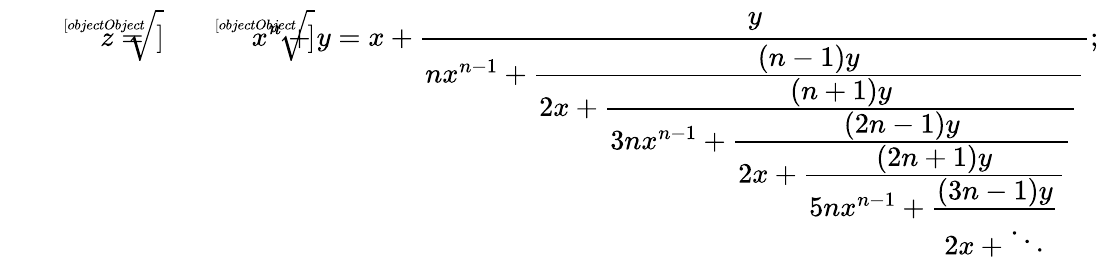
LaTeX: {\sqrt[[objectObject]]{z}}={\sqrt[[objectObject]]{x^{n}+y}}=x+{\cfrac{y}{nx^{n-1}+{\cfrac{(n-1)y}{2x+{\cfrac{(n+1)y}{3nx^{n-1}+{\cfrac{(2n-1)y}{2x+{\cfrac{(2n+1)y}{5nx^{n-1}+{\cfrac{(3n-1)y}{2x+\ddots}}}}}}}}}}}};